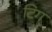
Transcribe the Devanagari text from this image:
टिग